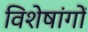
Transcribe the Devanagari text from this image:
विशेषांगों